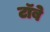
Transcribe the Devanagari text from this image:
टॉबे